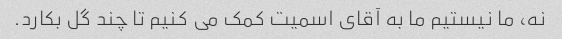
نه، ما نیستیم ما به آقای اسمیت کمک می کنیم تا چند گل بکارد.